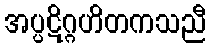
အပ္ပဋိဂ္ဂဟိတကသညီ